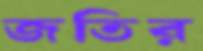
জতির